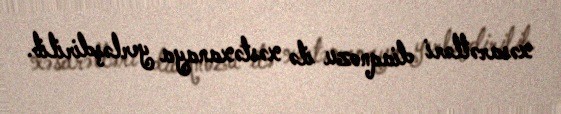
xəsarətləri diaqnozu ilə xəstəxanaya yerləşdirilib.